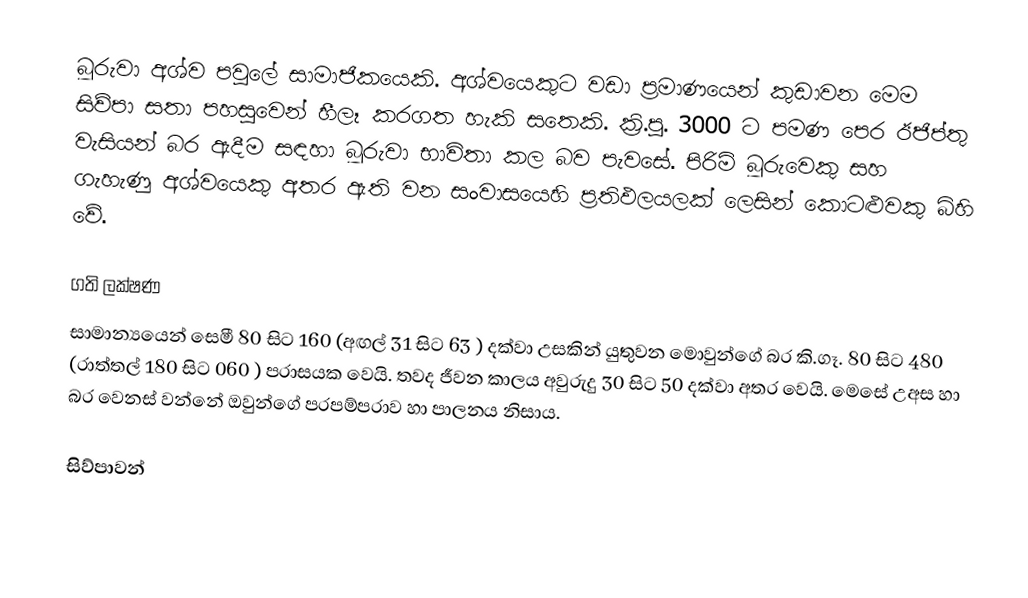
බූරුවා අශ්ව පවුලේ සාමාජිකයෙකි. අශ්වයෙකුට වඩා ප්‍රමාණයෙන් කුඩාවන මෙම සිව්පා සතා පහසුවෙන් හීලෑ කරගත හැකි සතෙකි. ක්‍රි.පූ. 3000 ට පමණ පෙර ඊජිප්තු වැසියන් බර ඇදීම සඳහා බූරුවා භාවිතා කල බව පැවසේ. පිරිමි බූරුවෙකු සහ ගැහැණු අශ්වයෙකු අතර ඇති වන සංවාසයෙහි ප්‍රතිඵලයලක් ලෙසින් කොටළුවකු බිහි වේ.

ගති ලක්ෂණ
සාමාන්‍යයෙන් සෙමී 80 සිට 160 (අඟල් 31 සිට 63 ) දක්වා උසකින් යුතුවන මොවුන්ගේ බර කි.ගෑ. 80 සිට 480 (රාත්තල් 180 සිට 060 ) පරාසයක වෙයි. තවද ජීවන කාලය අවුරුදු 30 සිට 50 දක්වා අතර වෙයි. මෙසේ උඅස හා බර වෙනස් වන්නේ ඔවුන්ගේ පරපම්පරාව හා පාලනය නිසාය.

සිව්පාවන්